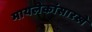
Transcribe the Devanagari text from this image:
मायलेकांसारखे